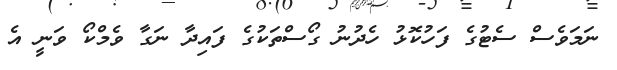
ނަމަވެސް ސެޓުގެ ފަހުކޮޅު ހެދުނު ގޯސްތަކުގެ ފައިދާ ނަގާ ވެމްކޯ ވަނީ އެ